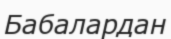
Бабалардан